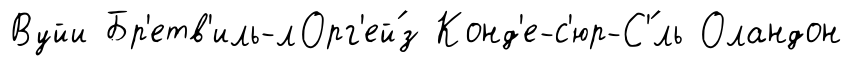
Вуйи Бр'етв'иль-лОрг'ей́з Конд'е-с'юр-С'́ль Оландон